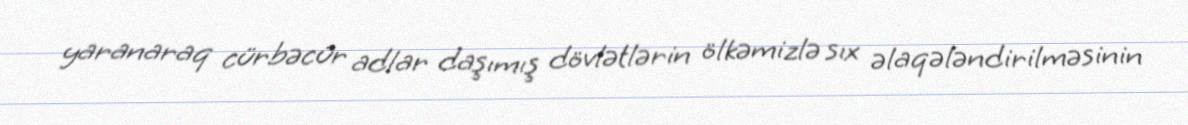
yaranaraq cürbəcür adlar daşımış dövlətlərin ölkəmizlə sıx əlaqələndirilməsinin